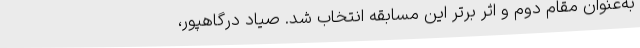
به‌عنوان مقام دوم و اثر برتر این مسابقه انتخاب شد. صیاد درگاهپور،